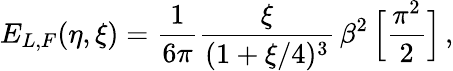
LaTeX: E_{L,F}(\eta,\xi)=\frac{1}{6\pi}\frac{\xi}{(1+\xi/4)^{3}}\, \beta^{2}\, \Big[\frac{\pi^{2}}{2}\Big]\, ,